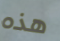
هذه